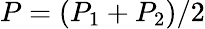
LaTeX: P=(P_{1}+P_{2})/2